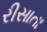
રીસાતા